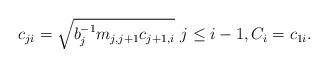
LaTeX: \begin{align*}c_{ji}=\sqrt{b_{j}^{-1}m_{j,j+1}c_{j+1,i}}\ j\leq i-1,C_{i}=c_{1i}. \end{align*}